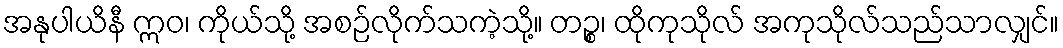
အနုပါယိနီ ဣဝ၊ ကိုယ်သို့ အစဉ်လိုက်သကဲ့သို့။ တဉ္စ၊ ထိုကုသိုလ် အကုသိုလ်သည်သာလျှင်။